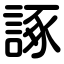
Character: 諑